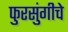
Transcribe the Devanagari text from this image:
फुरसुंगीचे